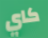
كاي